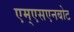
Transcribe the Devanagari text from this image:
एम्एसएनबोट